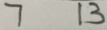
7 1 3